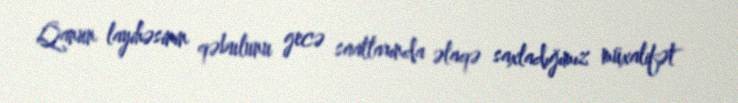
Qanun layihəsinin qəbulunu gecə saatlarında əlaqə saxladığımız müxalifət